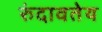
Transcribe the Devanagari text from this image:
रुंदावतेय